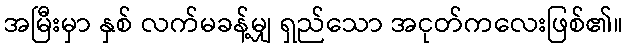
အမြီးမှာ နှစ် လက်မခန့်မျှ ရှည်သော အငုတ်ကလေးဖြစ်၏။